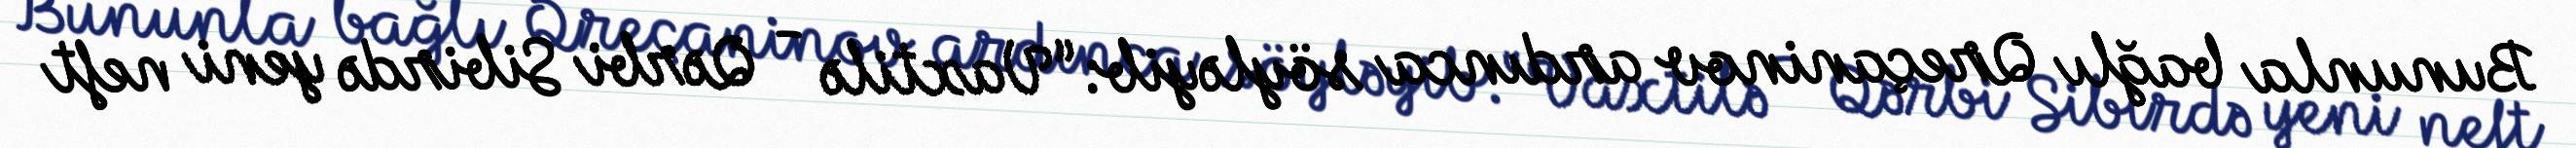
Bununla bağlı Qreçaninov ardınca söyləyib: “Vaxtilə - Qərbi Sibirdə yeni neft